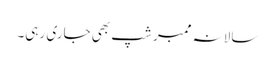
سالانہ ممبر شپ بھی جاری رہی۔